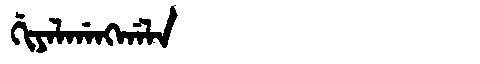
Manchu: ᡤᡳᠶᠠᠯᡤᠠᠩᡤᠠᠯᠠ
Romanization: GIYALGANGGALA